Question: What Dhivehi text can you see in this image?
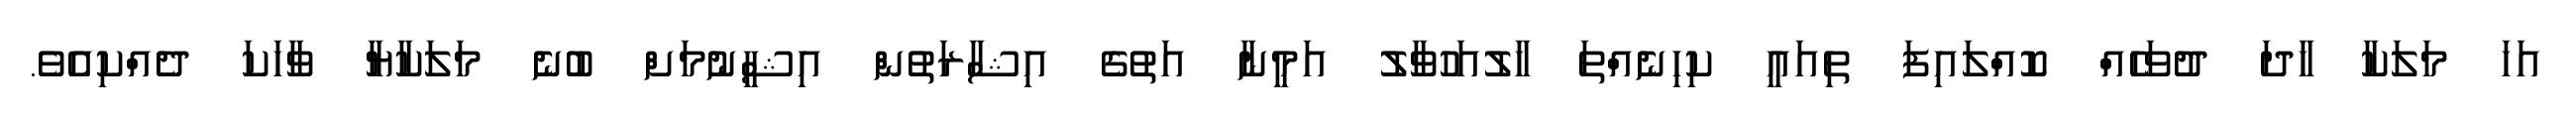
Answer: އަހަ މަލަކާ ހާދަ ދުވަހެއް ކޮއްލައިފަ ތިއައީ ކިހިނެއްތަ ހާލުއަހުވާލު އަމީނާ އަތުގެ އިޝާރަތުން އިޝީނުމަށް ބުނެ މަލަކާޔާ ވާހަކަ ދެއްކިއެވެ.